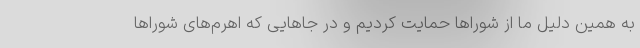
به همین دلیل ما از شوراها حمایت کردیم و در جاهایی که اهرم‌های شوراها